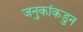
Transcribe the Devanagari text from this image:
जनुकांकडुन